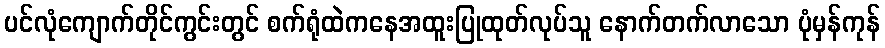
ပင်လုံကျောက်တိုင်ကွင်းတွင် စက်ရုံထဲကနေအထူးပြုထုတ်လုပ်သူ နောက်တက်လာသော ပုံမှန်ကုန်